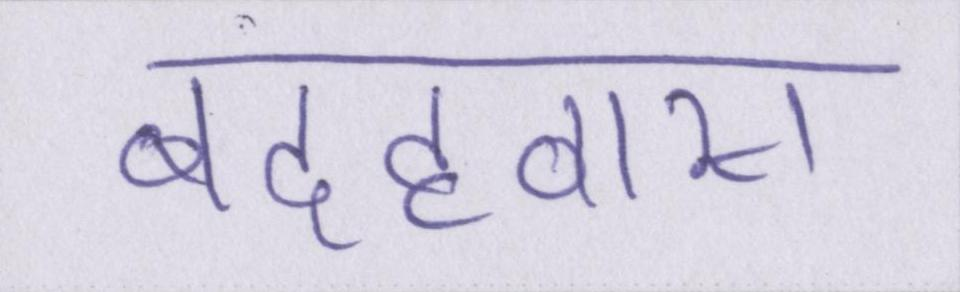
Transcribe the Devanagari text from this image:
बदहवास